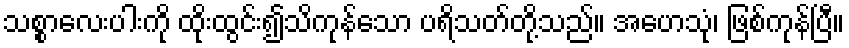
သစ္စာလေးပါးကို ထိုးထွင်း၍သိကုန်သော ပရိသတ်တို့သည်။ အဟေသုံ၊ ဖြစ်ကုန်ပြီ။